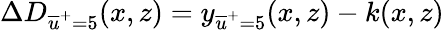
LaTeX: \Delta D_{\overline{{u}}^{+}=5}(x,z)=y_{\overline{{u}}^{+}=5}(x,z)-k(x,z)